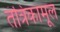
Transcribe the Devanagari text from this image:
तंत्रिकामूल